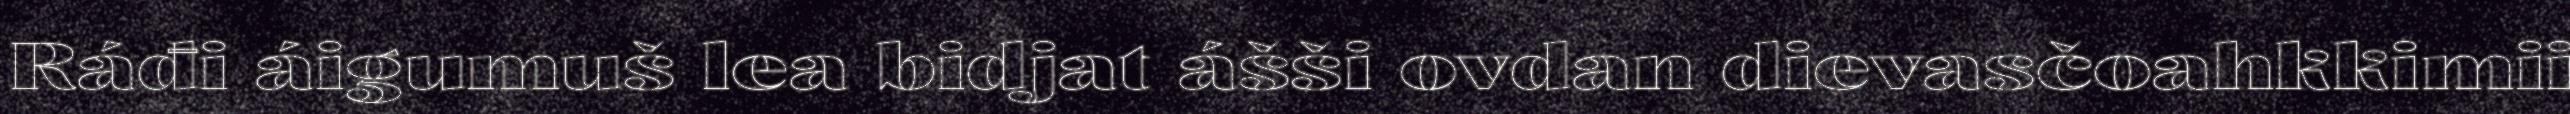
Ráđi áigumuš lea bidjat ášši ovdan dievasčoahkkimii